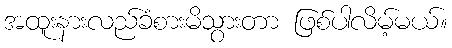
အထူးနားလည်ခံစားမိသွားတာ ဖြစ်ပါလိမ့်မယ်။